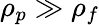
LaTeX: \rho_{p}\gg\rho_{f}